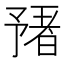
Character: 𬼻